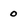
Character: 0